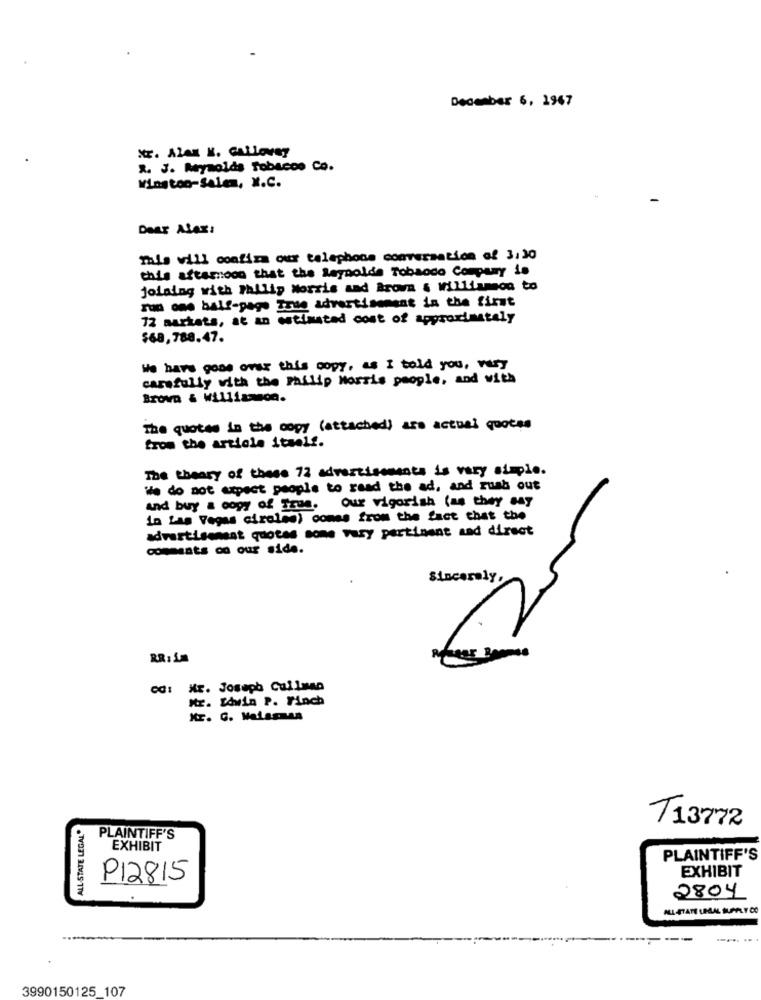
December 6, 1947
Mr. AlAK K. GALLONS?
2. J. Reynolds Tobacco Co.
Winston-Salem, X.C.
DeET ALAx:
This will confiza our telephone conversation of 3:30
this afternoon that the Reynolds Tobaodo Company is
jolaing with Philip Morris and Brown & Williamson to
run one half-page Irue advertisement in the first
72 markets, at an estimated cost of approximately
$68,788.47.
We have gone over this copy, as I told you, very
carefully with the Philip Morris people, and with
BrowD & Williamson.
The quotes in the copy (attached) are actuel quotes
from the article itself.
The theory of these 72 advertisements is very simple.
We do not expect people to read the ad, and rush out
our vigorish (as they say
and buy & copy of True.
in Las Vegas circles] comes from the fact that the
advertisement quotes some vary pertinent and direct
comments on our side.
Sincerely,
RR : im
Cd: NE. Joseph Cullman
Mr. LAwin P. Finch
T13772
PLAINTIFF'S
EXHIBIT
PLAINTIFF'S
EXHIBIT
P12815
.TVOn 3IVES TTY
2804
ALL STATE LEGAL SUPPLY CO
.... .
3990150125_107